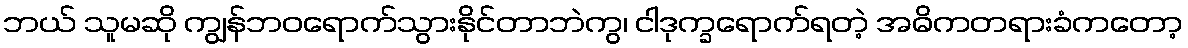
ဘယ် သူမဆို ကျွန်ဘဝရောက်သွားနိုင်တာဘဲကွ၊ ငါဒုက္ခရောက်ရတဲ့ အဓိကတရားခံကတော့